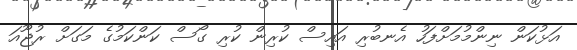
އަޅުކަން ނިންމުމަށްފަހު އެނބުރި އައިސް ކުރިން ކުރި ގޯސް ކަންކަމުގެ މަގަށް ރުޖޫއަ